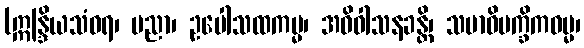
(ဣန္ဒြိယသံဝရ၊ ပညာ၊ ဥပေါသထကမ္မ၊ အဓိဝါသနခန္တိ၊ သမာဓိပက္ခိကဓမ္မ၊